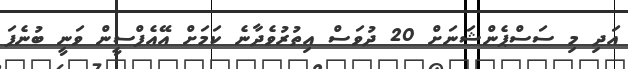
އަދި މި ސަސްޕެންޝަނަށް 20 ދުވަސް އިތުރުވެދާނެ ކަމަށް އޭއެފްސީން ވަނީ ބުނެފަ